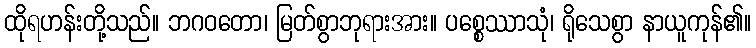
ထိုရဟန်းတို့သည်။ ဘဂဝတော၊ မြတ်စွာဘုရားအား။ ပစ္စေဿာသုံ၊ ရိုသေစွာ နာယူကုန်၏။